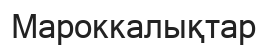
Мароккалықтар